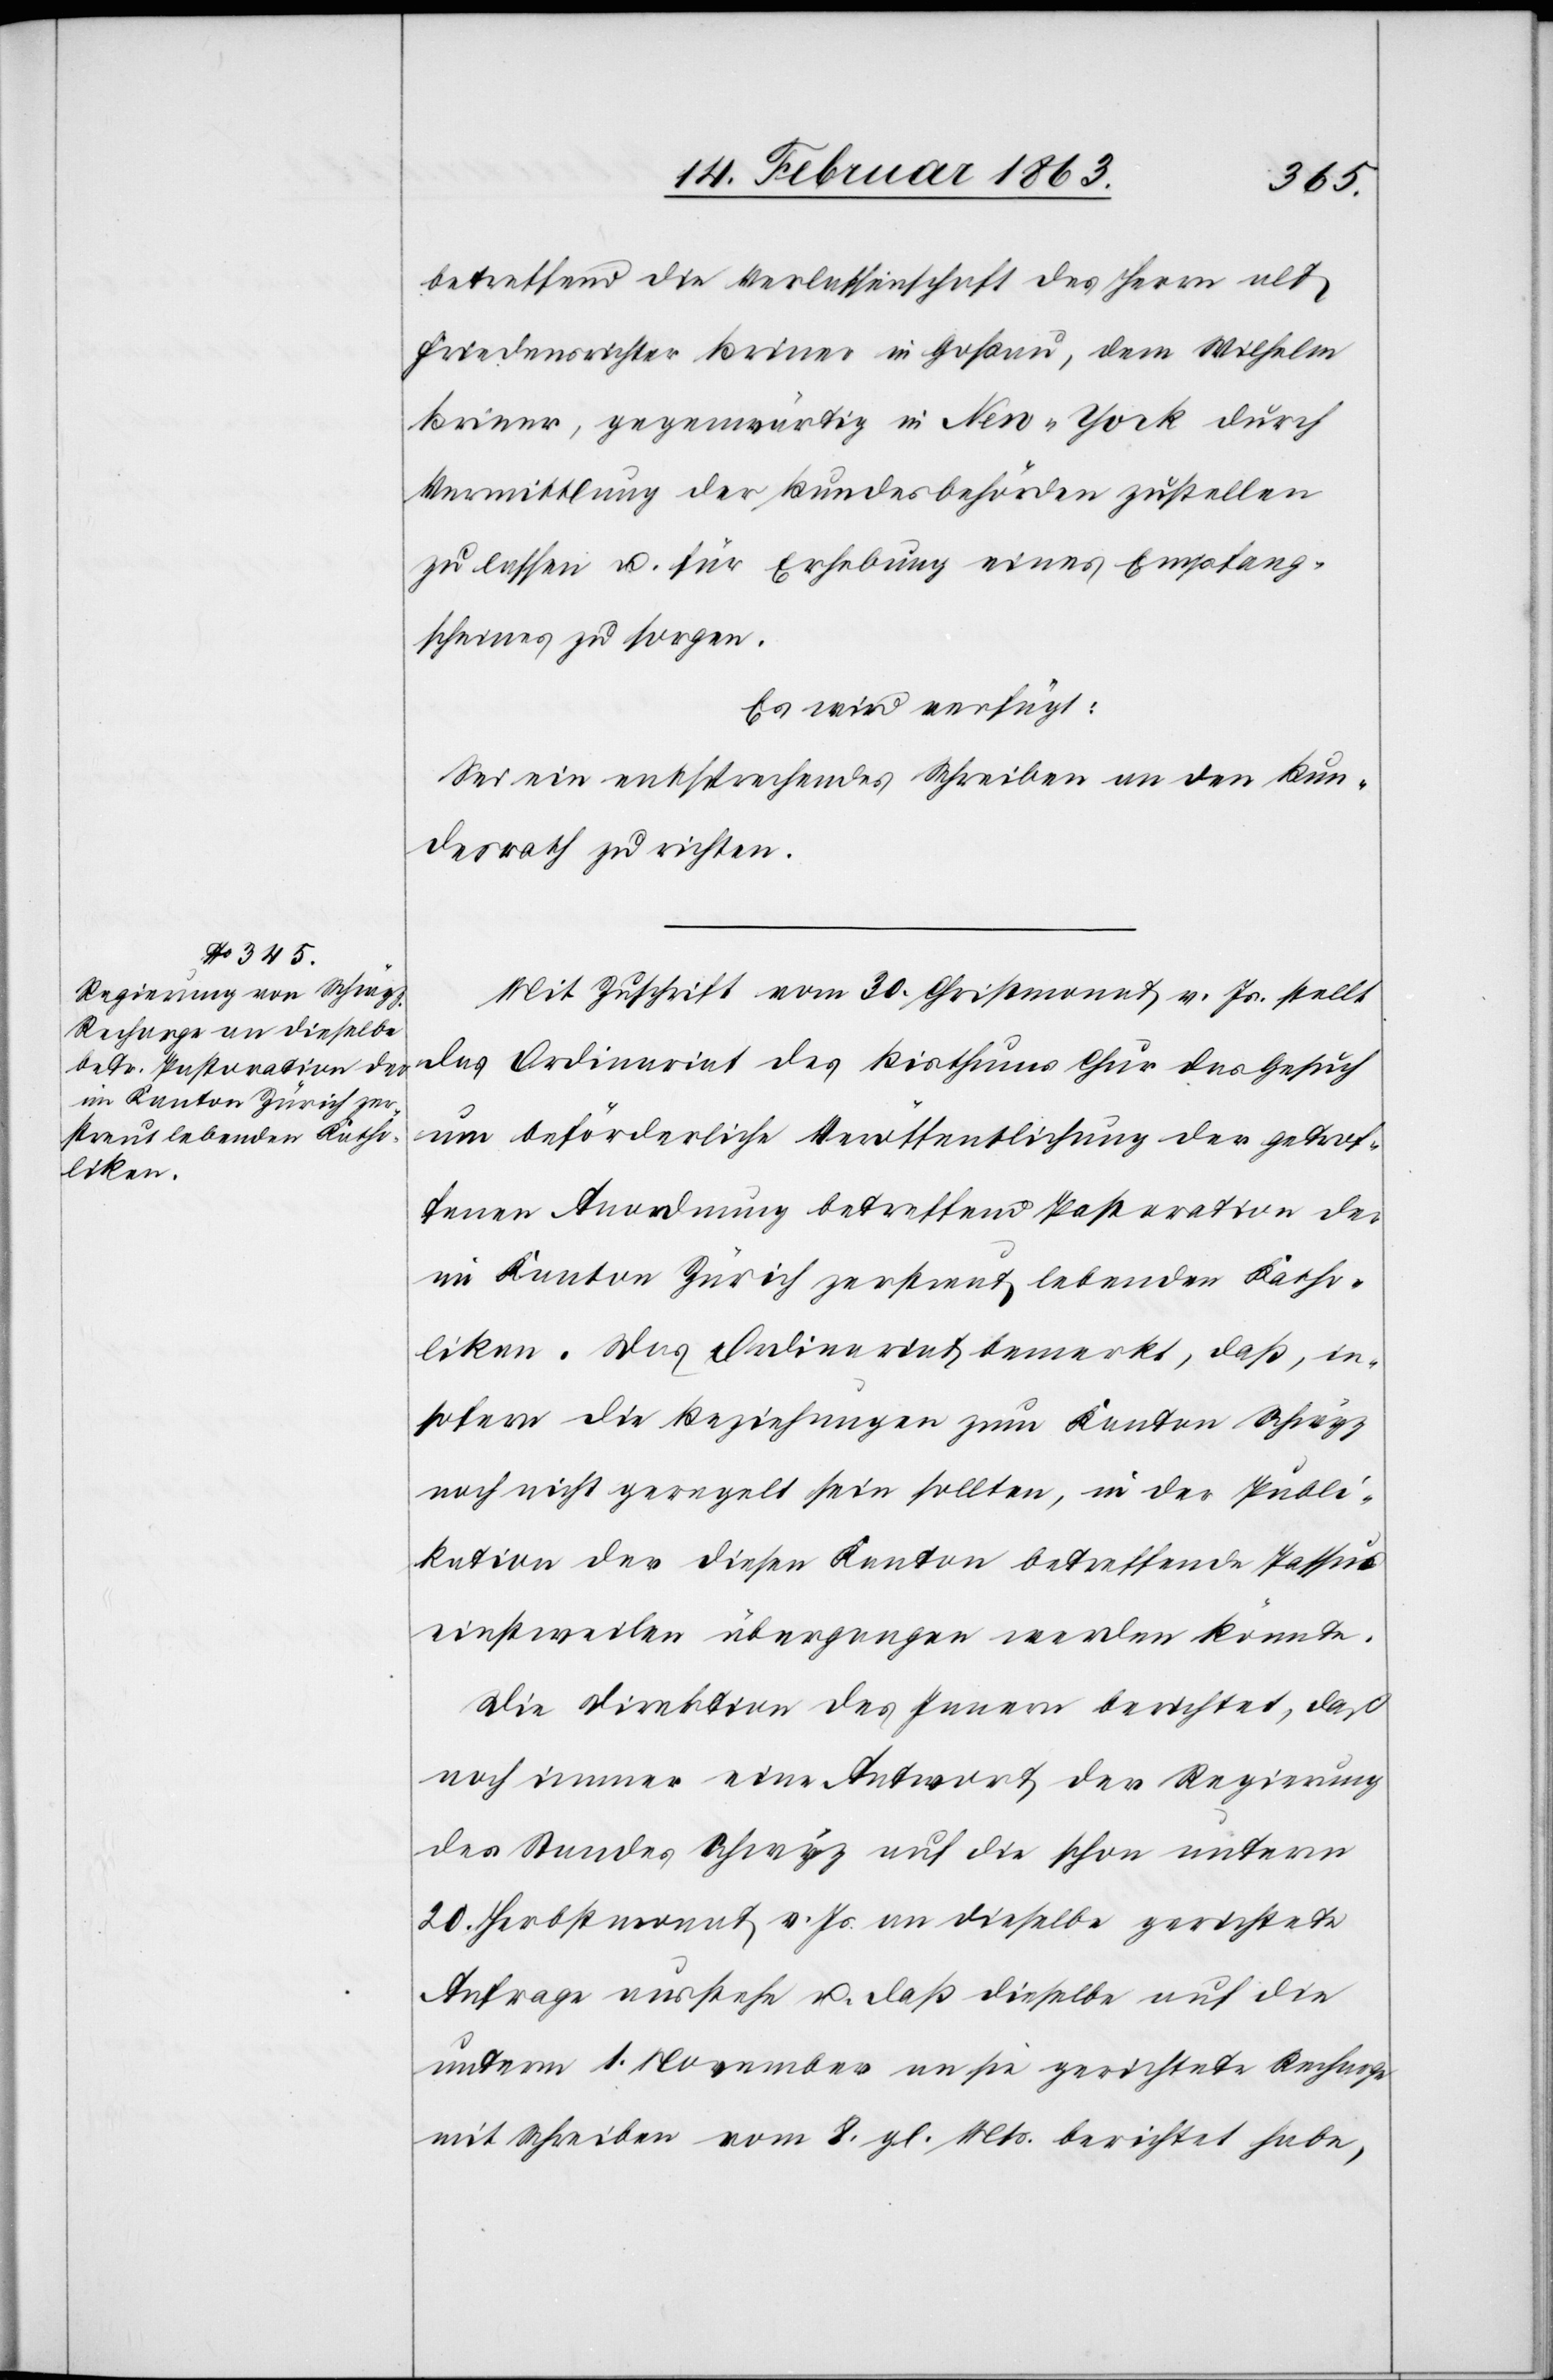
17. Februar 1863.]
betreffend die Verlassenschaft des Herrn alt
Friedensrichter Briner in Goßau, dem Wilhelm
Briner, gegenwärtig in New-York durch
Vermittlung der Bundesbehörden zustellen
zu lassen u. für Erhebung eines Empfang¬
scheines zu sorgen.
Es wird verfügt:
Sei ein entsprechendes Schreiben an den Bun¬
desrath zu richten.
Mit Zuschrift vom 30. Christmonat v. Js. stellt
das Ordinariat des Bisthums Chur das Gesuch
um beförderliche Veröffentlichung der getrof¬
fenen Anordnung betreffend Pastoration der
im Kanton Zürich zerstreut lebenden Katho¬
liken. Das Ordinariat bemerkt, daß, in¬
sofern die Beziehungen zum Kanton Schwyz
noch nicht geregelt sein sollten, in der Publi¬
kation der diesen Kanton betreffende Passus
einstweilen übergegangen werden könnte.
Die Direktion des Innern berichtet, daß
noch immer eine Antwort der Regierung
des Standes Schwyz auf die schon unterm
20. Herbstmonat v. Js. an dieselbe gerichtete
Anfrage ausstehe u. daß dieselbe auf die
unterm 1. November an sie gerichtete Recharge
mit Schreiben vom 8. gl. Mts. berichtet habe,